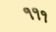
૧૧૧